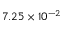
7 . 2 5 \times 1 0 ^ { - 2 }